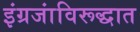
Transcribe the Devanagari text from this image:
इंग्रजांविरूद्धात